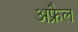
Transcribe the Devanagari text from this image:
अफ्रैल